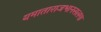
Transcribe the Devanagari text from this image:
यमाताराजभानसलगा